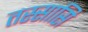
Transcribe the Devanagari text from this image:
तस्सासि